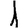
Digit: 1